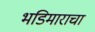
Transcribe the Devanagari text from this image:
भडिमाराचा